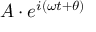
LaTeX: A \cdot e ^ { i ( \omega t + \theta ) }